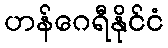
ဟန်ဂေရီနိုင်ငံ